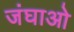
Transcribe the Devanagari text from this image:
जंघाओ